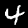
Label: 4